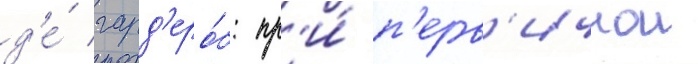
д'е́ гард'еро́б: пр'и́ п'ерв'ичнои